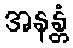
အနန္တံ